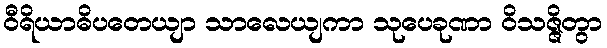
ဝီရိယာဓိပတေယျာ သာလေယျကာ သုပေခုဏာ ဝိသဇ္ဇိတွာ